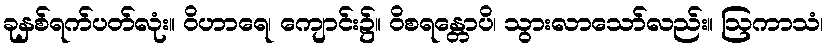
ခုနှစ်ရက်ပတ်လုံး။ ဝိဟာရေ၊ ကျောင်း၌။ ဝိစရန္တောပိ၊ သွားလာသော်လည်း။ ဩကာသံ၊